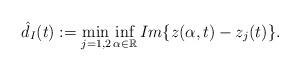
LaTeX: \begin{align*} \hat{d}_I(t):=\min_{j=1,2}\inf_{\alpha\in \mathbb{R}}Im\{z(\alpha,t)-z_j(t)\}.\end{align*}